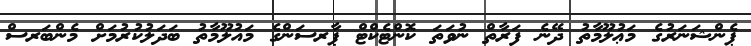
ޕެންޝަނަރުގެ މަޢުލޫމާތު ދޭނެ ފަރާތް ނުވަތަ ކޮންޓެކްޓް ޕާރސަންގެ މައުލޫމާތު ބަދަލުކުރުމަށް މެންބަރސް